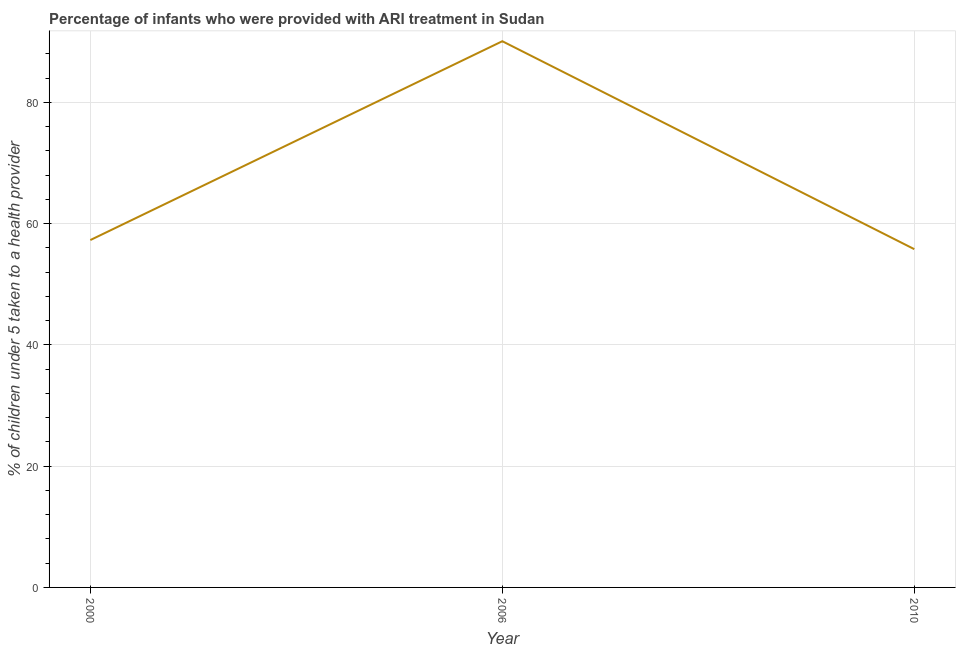
| Year | ARI treatment |
 | --- | --- |
 | 2000 | 57.3 |
 | 2006 | 90.1 |
 | 2010 | 55.8 |